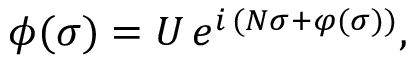
\phi ( \sigma ) = U \, e ^ { i \, ( N \sigma + \varphi ( \sigma ) ) } ,